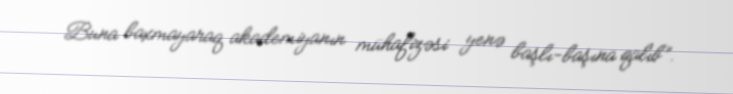
Buna baxmayaraq akademiyanın mühafizəsi yenə başlı-başına qalıb”.